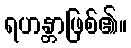
ရဟန္တာဖြစ်၏။